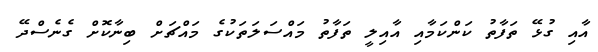
އާއި ގުޅޭ ތަފާތު ކަންކަމާއި އާއިލީ ތަފާތު މައްސަލަތަކުގެ މައްޗަށް ބިނާކޮށް ގެނެސްދޭ